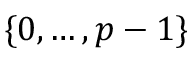
\{ 0 , \ldots , p - 1 \}